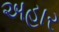
અહાર